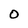
Character: O